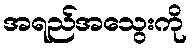
အရည်အသွေးကို